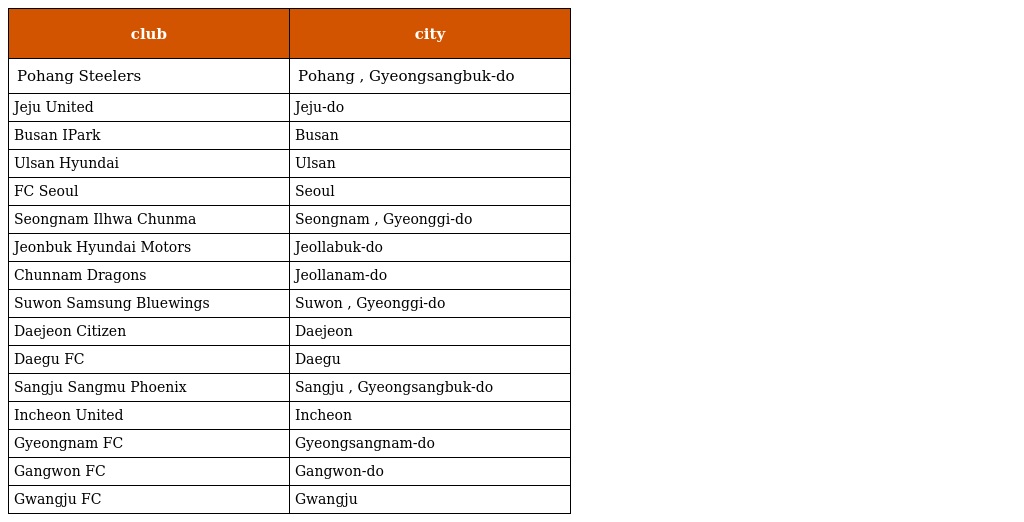
| club | city |
 | --- | --- |
 | Pohang Steelers | Pohang , Gyeongsangbuk-do |
 | Jeju United | Jeju-do |
 | Busan IPark | Busan |
 | Ulsan Hyundai | Ulsan |
 | FC Seoul | Seoul |
 | Seongnam Ilhwa Chunma | Seongnam , Gyeonggi-do |
 | Jeonbuk Hyundai Motors | Jeollabuk-do |
 | Chunnam Dragons | Jeollanam-do |
 | Suwon Samsung Bluewings | Suwon , Gyeonggi-do |
 | Daejeon Citizen | Daejeon |
 | Daegu FC | Daegu |
 | Sangju Sangmu Phoenix | Sangju , Gyeongsangbuk-do |
 | Incheon United | Incheon |
 | Gyeongnam FC | Gyeongsangnam-do |
 | Gangwon FC | Gangwon-do |
 | Gwangju FC | Gwangju |